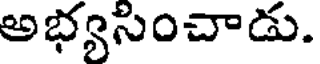
అభ్యసించాడు.